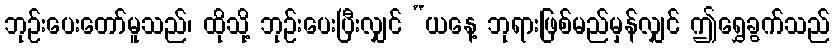
ဘုဉ်းပေးတော်မူသည်၊ ထိုသို့ ဘုဉ်းပေးပြီးလျှင် “ယနေ့ ဘုရားဖြစ်မည်မှန်လျှင် ဤရွှေခွက်သည်